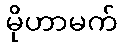
မိုဟာမက်